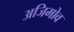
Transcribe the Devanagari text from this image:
अजिमोव